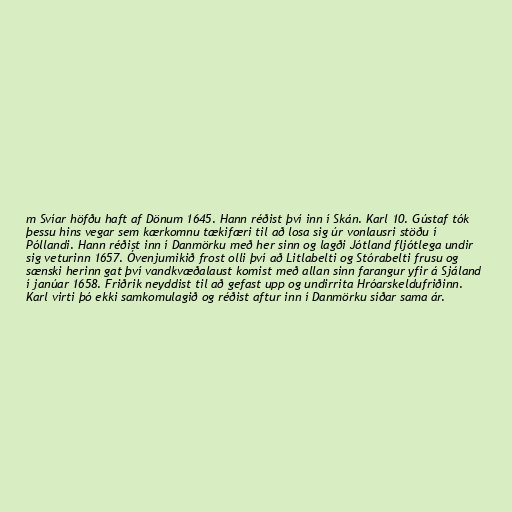
m Svíar höfðu haft af Dönum 1645. Hann réðist því inn í Skán. Karl 10. Gústaf tók
þessu hins vegar sem kærkomnu tækifæri til að losa sig úr vonlausri stöðu í
Póllandi. Hann réðist inn í Danmörku með her sinn og lagði Jótland fljótlega undir
sig veturinn 1657. Óvenjumikið frost olli því að Litlabelti og Stórabelti frusu og
sænski herinn gat því vandkvæðalaust komist með allan sinn farangur yfir á Sjáland
í janúar 1658. Friðrik neyddist til að gefast upp og undirrita Hróarskeldufriðinn.
Karl virti þó ekki samkomulagið og réðist aftur inn í Danmörku síðar sama ár.